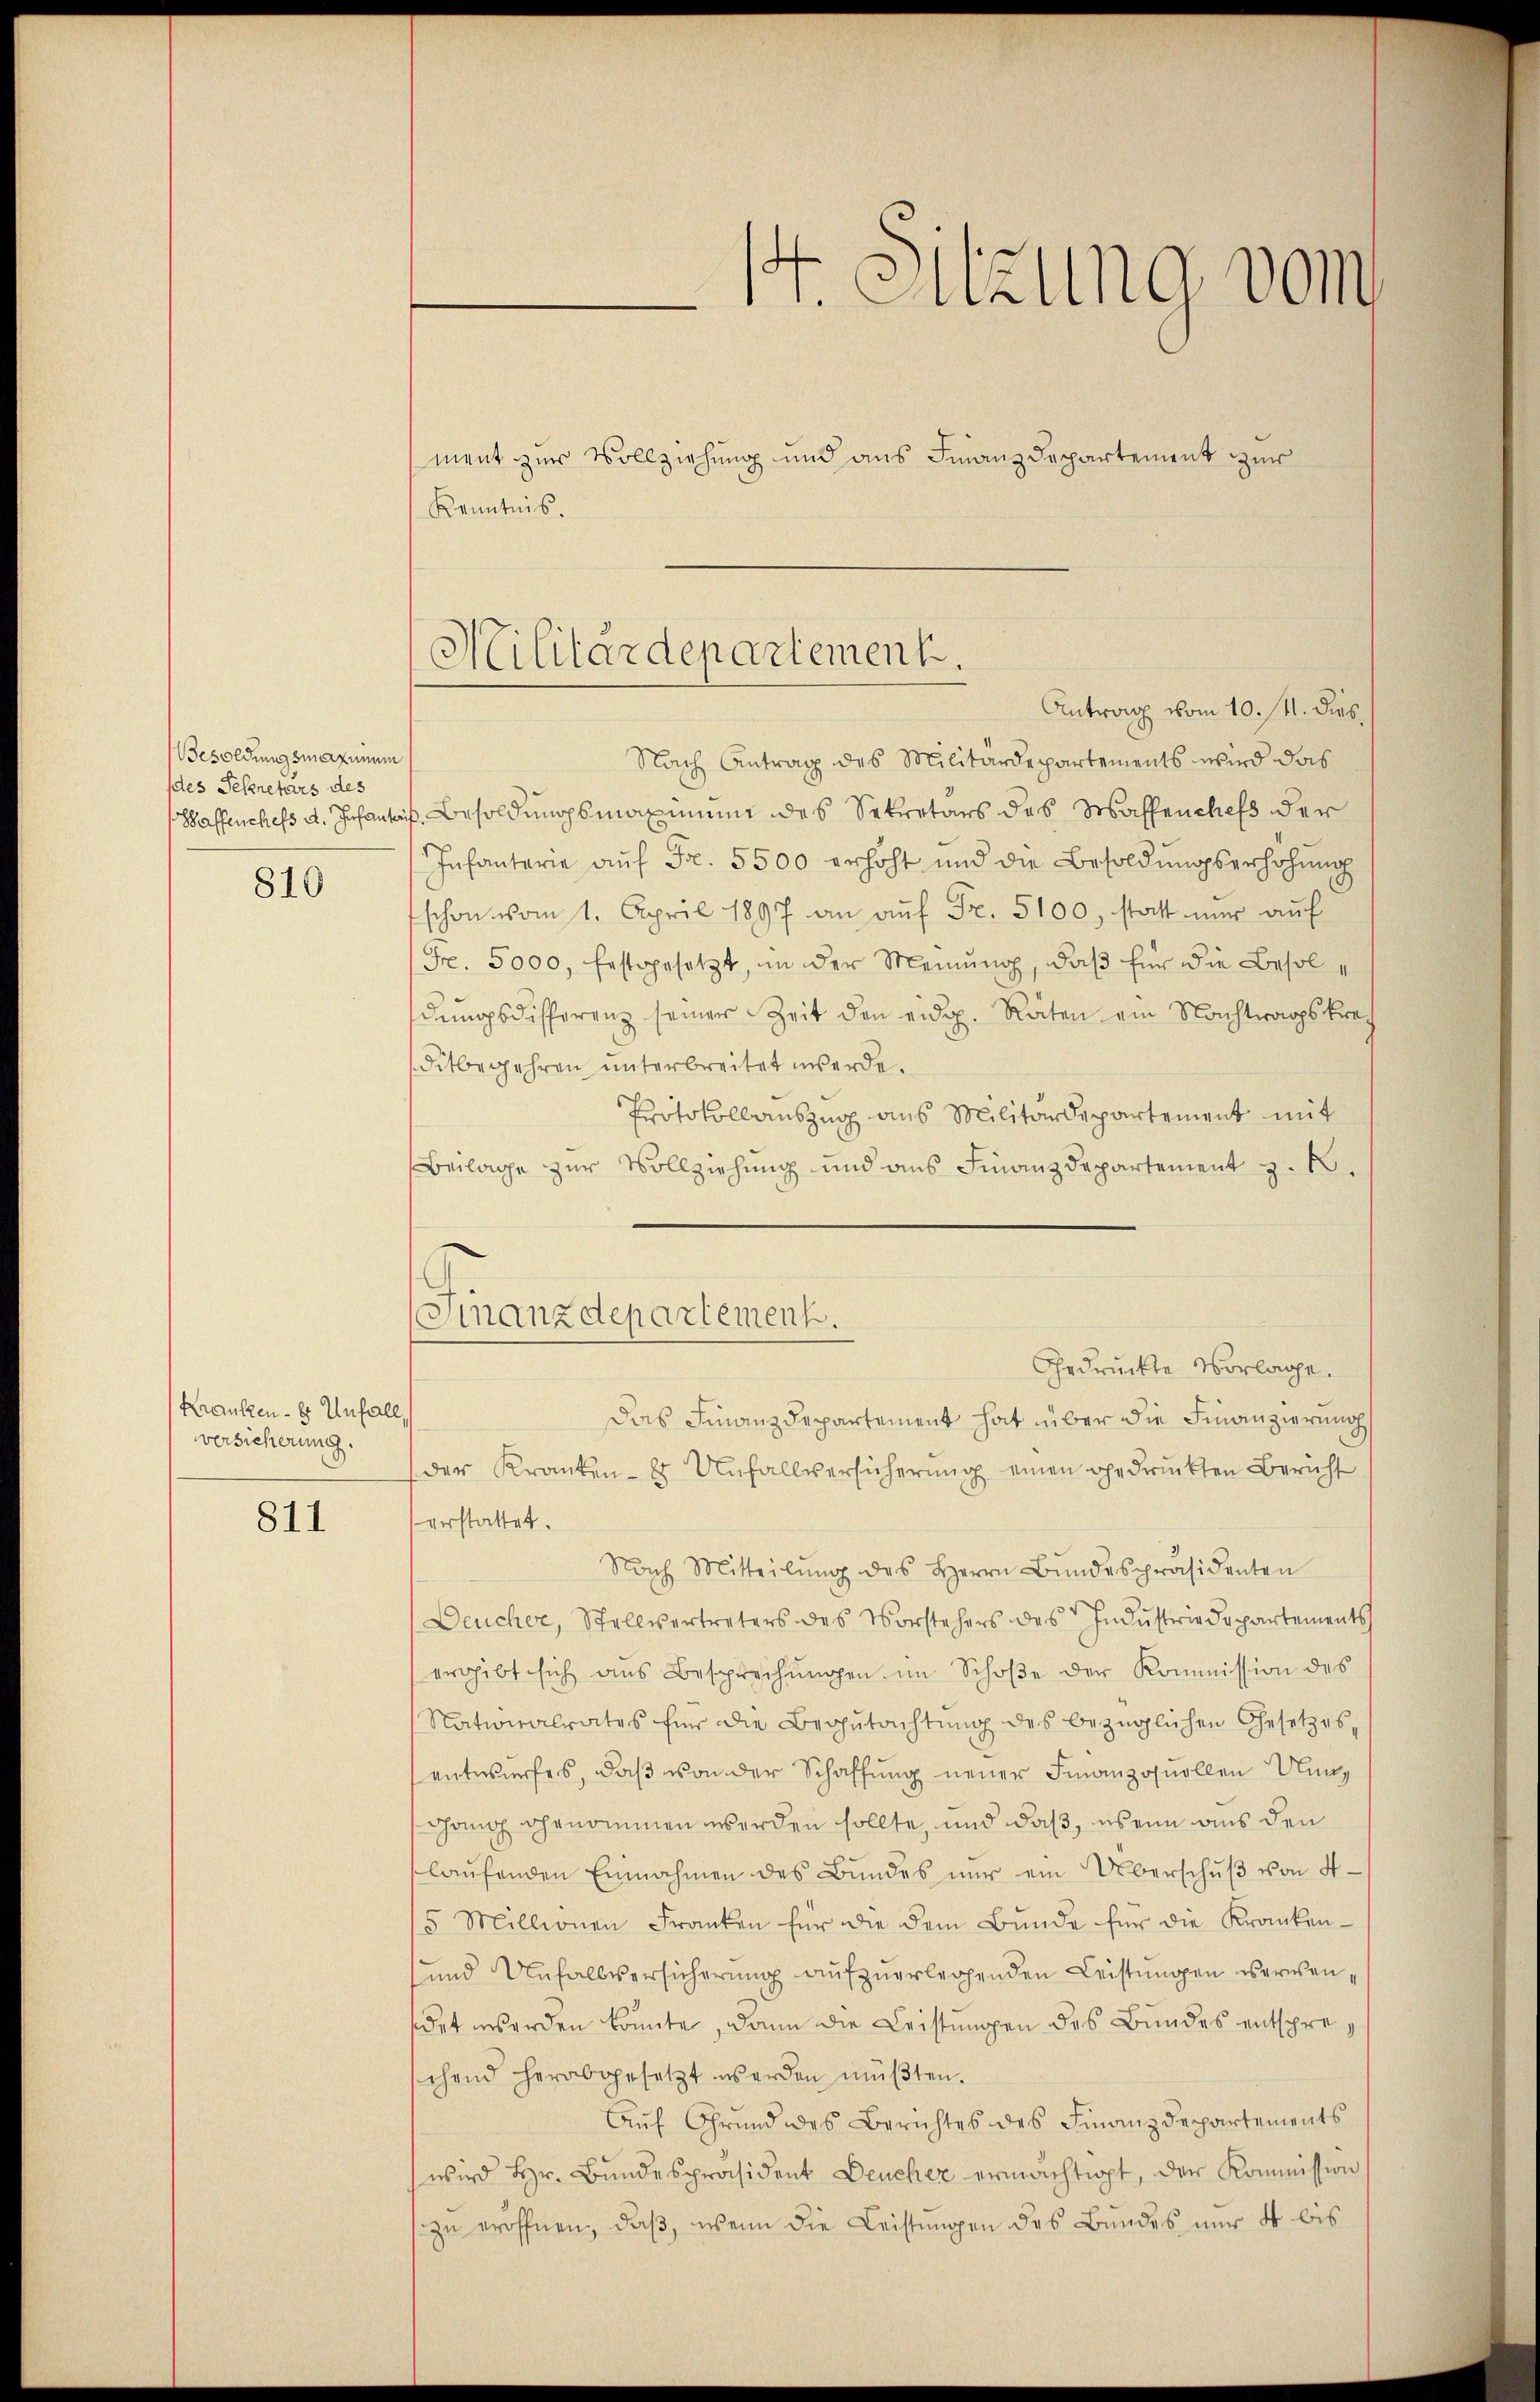
Besoldungsmaximum
des Sekretärs des
Waffenchefs d. Infant

810

Kranken - er Unfal
versicherung.

811

Kenntnis.

Militärdepartement.

147. Sitzung vom
ment zur Vollziehung und aus Finanzdepartement zur

Antrag vom 10. 11. dies
Nach Antrag des Militärdepartements wird das
auf Besoldungsmaximum des Sekretärs des Waffenchefs der
Infantaria aŭf Fr. 5500 erhöht und die Besoldŭngserhöhŭng
schon vom 1. April 1897 an aŭf Fr. 5100, statt nur auf
Fr. 5000, festgesetzt, in der Meinŭng, daβ für die Besoldungsdifferenz seiner Zeit den eidg. Räten ein Nachtragskreditbegehren unterbreitet werde.
Protokollauszug aus Militärdepartement mit
Beilage zur Vollziehung und ans Finanzdepartement z. B.
Das Finanzdepartement hat über die Finanzierung
der Kranken- & Unfallversicherung einen gedruckten Bericht
erstattet.
Nach Mitteilŭng des Herrn Bŭndespräsidenten
Deucher, Stellvertreters des Vorstehers des Industriedepartements
ergibt sich ans Besprechŭngen im Schoβe der Kommission des
Nationalrates für die Begŭtachtŭng des bezüglichen Gesetzes-
entwurfes, daß von der Schaffung neuer Finanzouollen Un¬
Chang genommen werden sollte, und daß, wenn aus den
laŭfenden Einnahmen des Bŭndes nŭr ein Überschŭβ von 4-
5 Millionen Franken für die dem Bŭnde für die Kranken-
und Unfallsersicherung aufzuerlegenden Leistungen verwensdet werden könnte, dann die Leistungen des Bundes entspreschend herabgesetzt werden müßten.
Aŭf Grŭnd des Berichtes des Finanzdepartements
wird Hr. Bŭndespräsident Deucher ermächtigt, der Kommission
zu eröffnen, daß, wenn die Leistungen des Bundes nur 4 bis

(Finanzdepartement.
Gedruckte Vorlage.